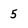
Character: 5